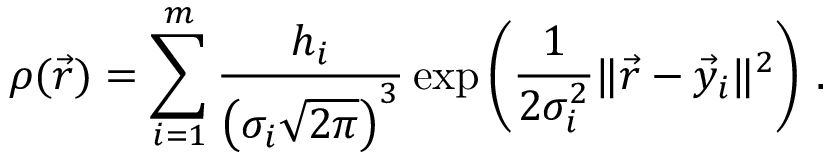
\rho ( \vec { r } ) = \sum _ { i = 1 } ^ { m } \frac { h _ { i } } { \left( \sigma _ { i } \sqrt { 2 \pi } \right) ^ { 3 } } \exp \left( \frac 1 { 2 \sigma _ { i } ^ { 2 } } \lVert \vec { r } - \vec { y } _ { i } \rVert ^ { 2 } \right) \, .